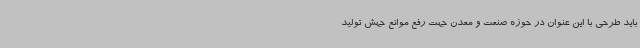
باید طرحی با این عنوان در حوزه صنعت و معدن جهت رفع موانع جهش تولید